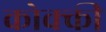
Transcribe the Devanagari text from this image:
कोक्की